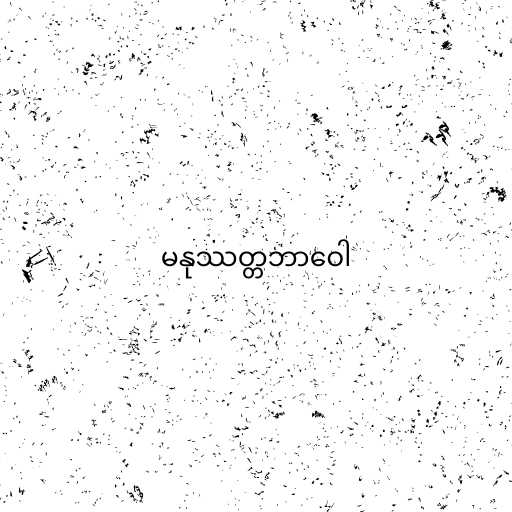
မနုဿတ္တဘာဝေါ